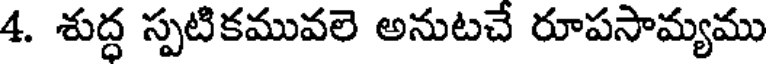
4. శుద్ధ స్పటికమువలె అనుటచే రూపసామ్యము